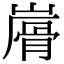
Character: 𩨮